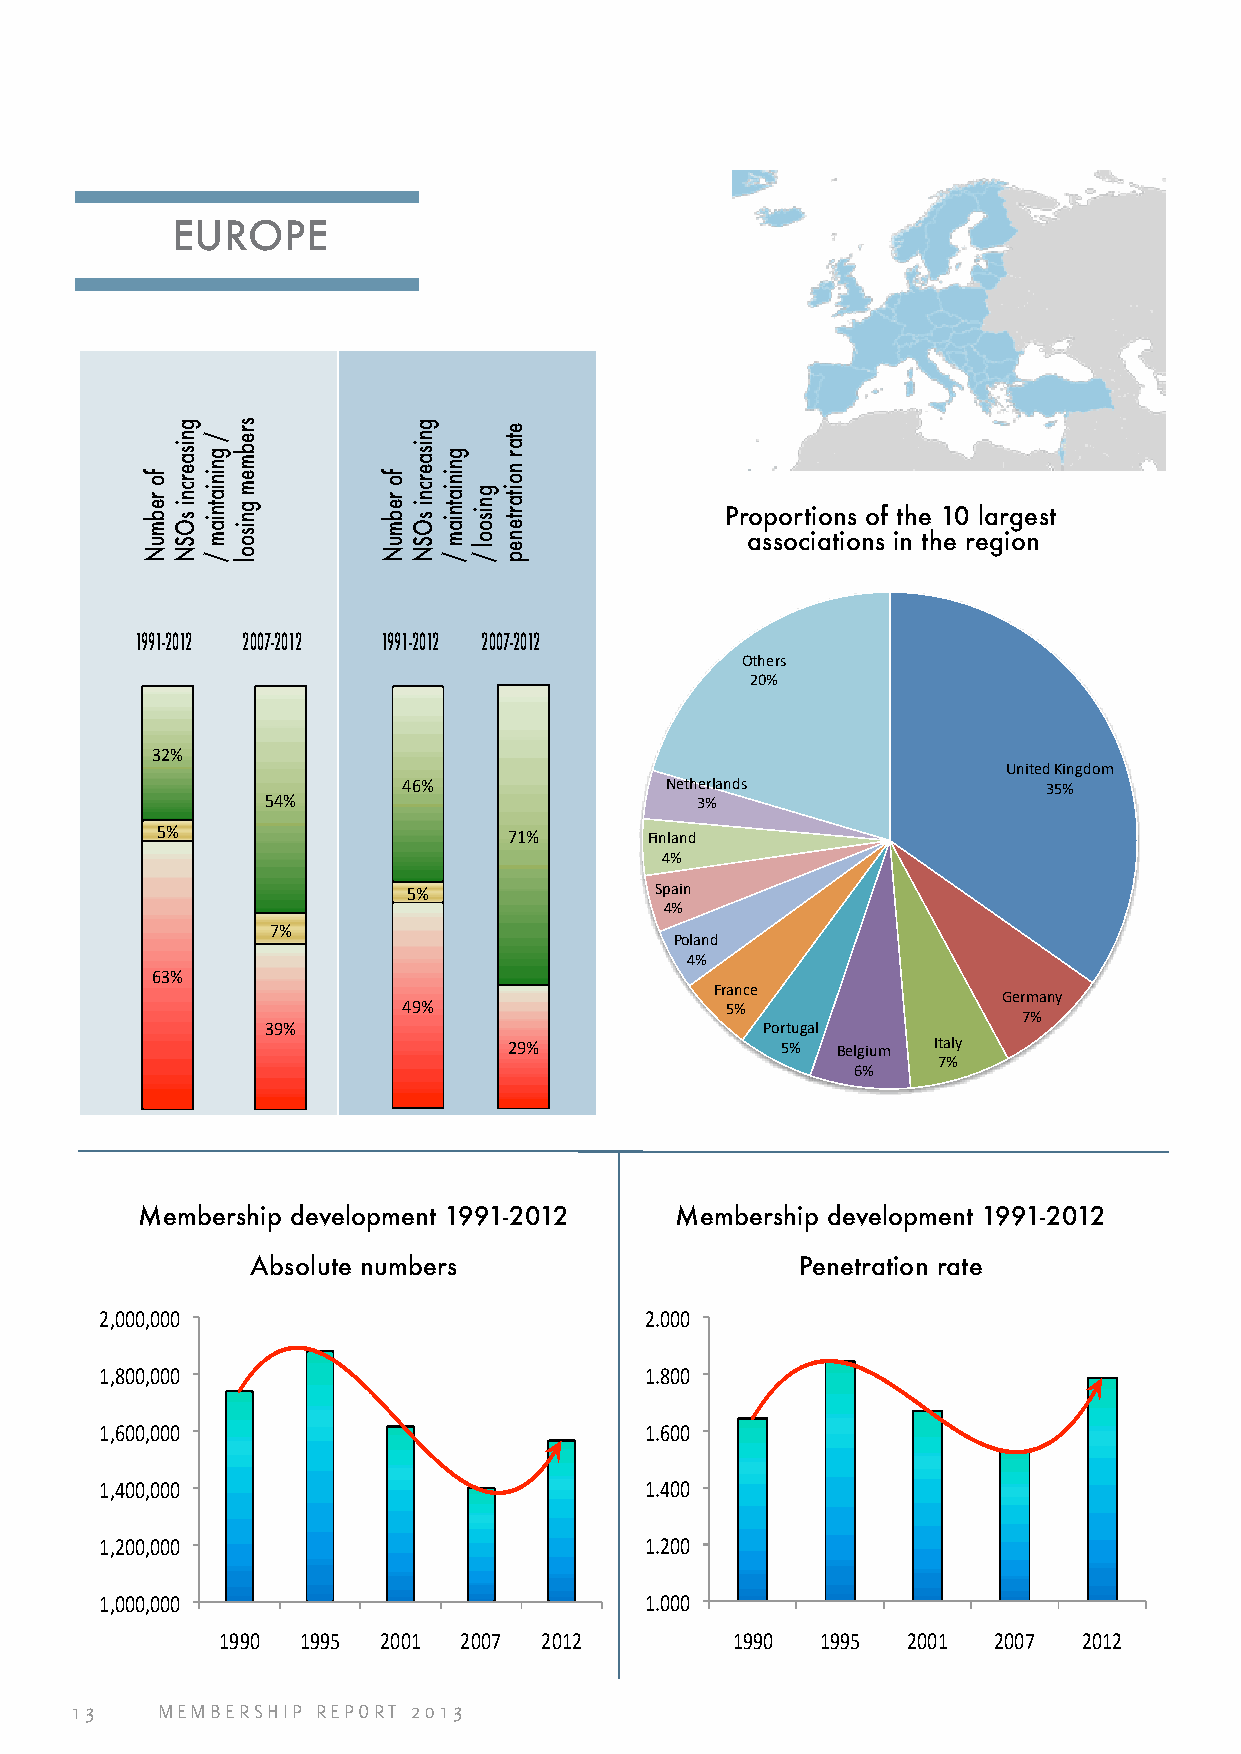
EUROPE
 Proportions of the 10 largest
 associations in the region
 1991-2012 2007-2012 1991-2012 2007-2012
 Others
 20%
 32%
 United Kingdom
 46%              Netherlands              35%
 54%                         3%
 5%                      71%      Finland
 4%
 5%              Spain
 4%
 7%
 Poland
 4%
 63%
 France
 Germany
 49%                  5%
 7%
 39%                              Portugal
 29%               5% Belgium Italy
 7%
 6%
 Membership development 1991-2012    Membership development 1991-2012
 Absolute numbers                    Penetration rate
 2,000,000                           2.000
 1,800,000                           1.800
 1,600,000                           1.600
 1,400,000                           1.400
 1,200,000                           1.200
 1,000,000                           1.000
 1990 1995 2001 2007  2012        1990  1995  2001  2007  2012
 13   MEMBERSHIP REPORT 2013
 fo
 rebmuN
 gnisaercni
 sOSN
 /
 gniniatniam
 /
 srebmem
 gnisool
 fo
 rebmuN
 gnisaercni
 sOSN
 gniniatniam
 /
 gnisool
 /
 etar
 noitartenep